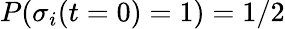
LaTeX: P(\sigma_{i}(t=0)=1)=1/2